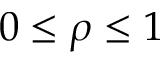
0 \leq \rho \leq 1